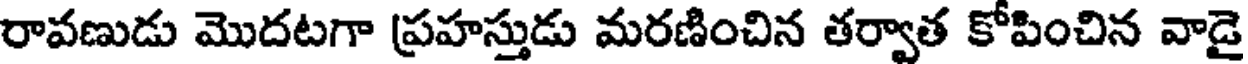
రావణుడు మొదటగా ప్రహస్తుడు మరణించిన తర్వాత కోపించిన వాడై